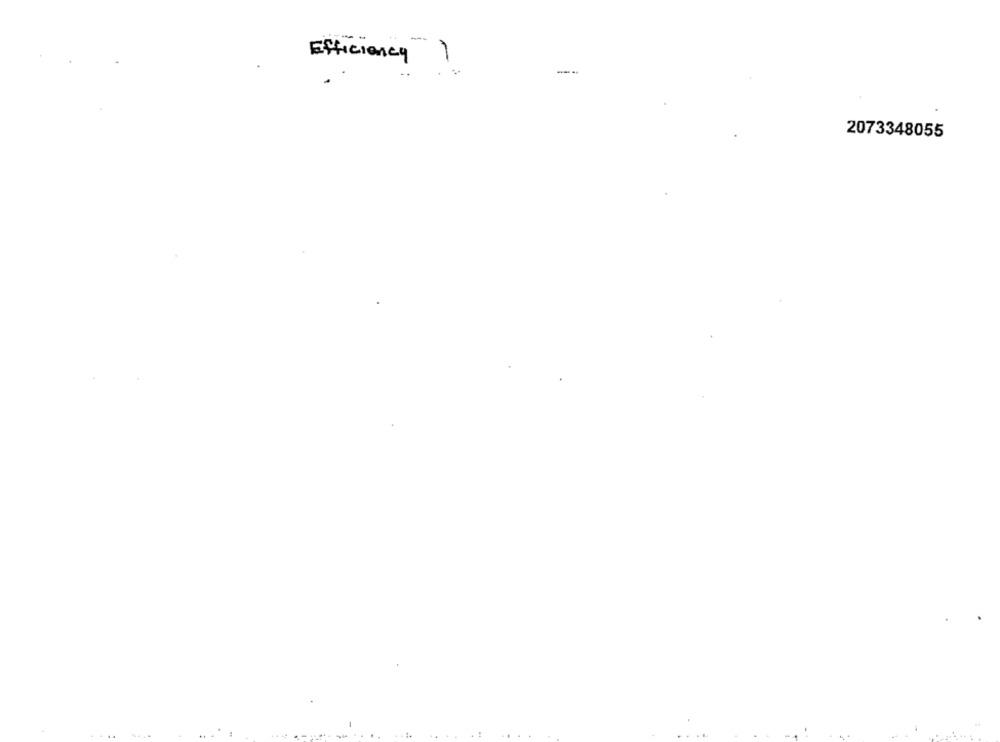
Efficiency )
--
2073348055